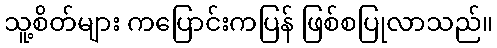
သူ့စိတ်များ ကပြောင်းကပြန် ဖြစ်စပြုလာသည်။